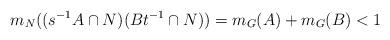
LaTeX: \begin{align*}m_N((s^{-1} A \cap N)(Bt^{-1} \cap N)) = m_G(A) + m_G(B) < 1\end{align*}